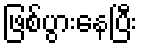
ဖြစ်ပွားနေပြီး